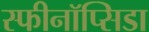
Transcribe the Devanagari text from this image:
स्फीनॉप्सिडा